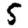
Digit: 5